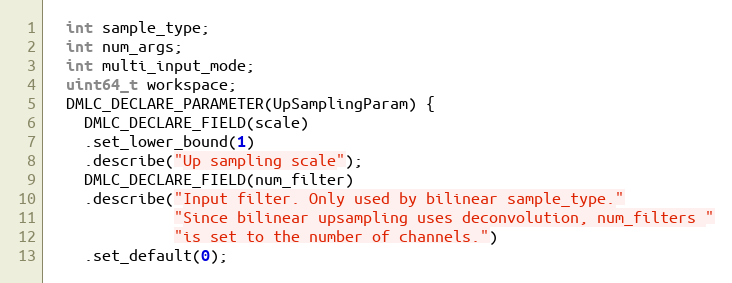
Language: C
  int sample_type;
  int num_args;
  int multi_input_mode;
  uint64_t workspace;
  DMLC_DECLARE_PARAMETER(UpSamplingParam) {
    DMLC_DECLARE_FIELD(scale)
    .set_lower_bound(1)
    .describe("Up sampling scale");
    DMLC_DECLARE_FIELD(num_filter)
    .describe("Input filter. Only used by bilinear sample_type."
              "Since bilinear upsampling uses deconvolution, num_filters "
              "is set to the number of channels.")
    .set_default(0);